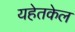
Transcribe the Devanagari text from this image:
यहेतकेल